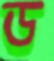
ড